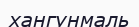
хангунмаль